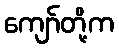
ကျော်တို့က